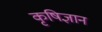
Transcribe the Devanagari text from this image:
कृषिज्ञान